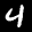
Label: 4